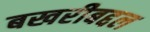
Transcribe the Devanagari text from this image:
बखरीबद्दल